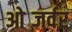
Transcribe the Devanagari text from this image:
ओब्जर्वर